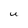
Character: U